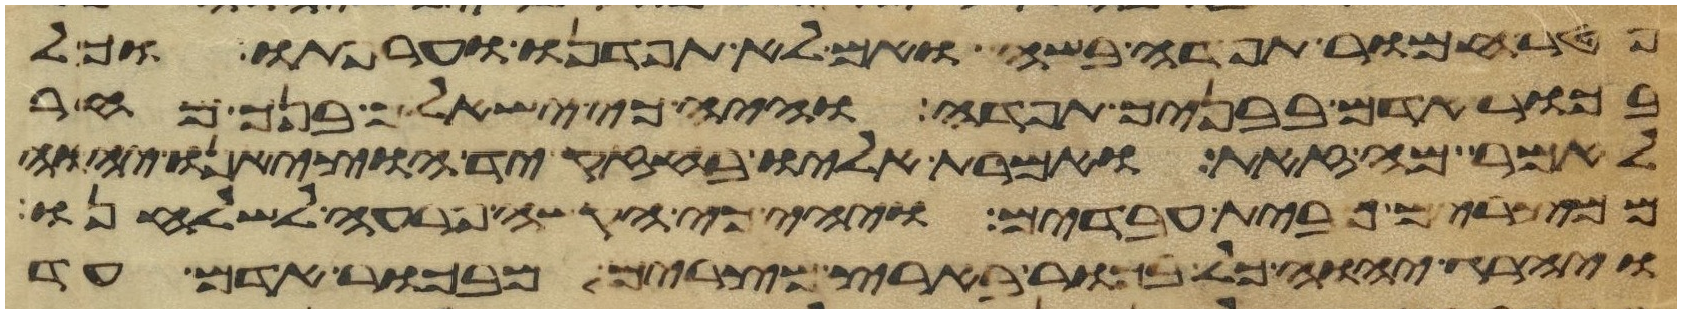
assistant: פטר חמור תפדה בשה ואם לא תפדנו וערפתו וכל
בכור אדם בבניך תפדה והיה כי ישאלך בנך מחר
לאמר מה זאת ואמרת אליו בחזק יד הוציאנו יהוה
ממצרים מבית עבדים ויהי כי הקשה פרעה לשלחנו
ויהרג יהוה כל בכור בארץ מצרים מבכור אדם עד